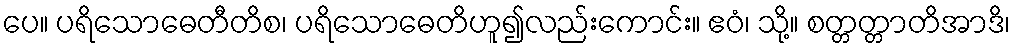
ပေ။ ပရိသောဓေတီတိစ၊ ပရိသောဓေတိဟူ၍လည်းကောင်း။ ဧဝံ၊ သို့။ စတ္တတ္တာတိအာဒိ၊